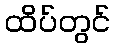
ထိပ်တွင်